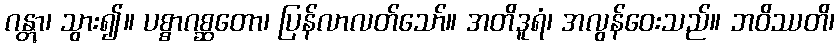
ဂန္တွာ၊ သွား၍။ ပစ္စာဂစ္ဆတော၊ ပြန်လာလတ်သော်။ အတိဒူရံ၊ အလွန်ဝေးသည်။ ဘဝိဿတိ၊